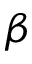
\beta